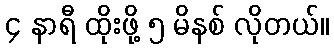
၄ နာရီ ထိုးဖို့ ၅ မိနစ် လိုတယ်။